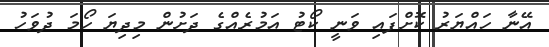
އޭނާ ހައްޔަރު ކޮށްފައި ވަނީ ކޯޓު އަމުރެއްގެ ދަށުން މިދިޔަ ހޯމަ ދުވަހު